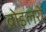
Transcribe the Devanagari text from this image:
ब्रोइलरों